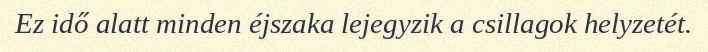
Ez idő alatt minden éjszaka lejegyzik a csillagok helyzetét.